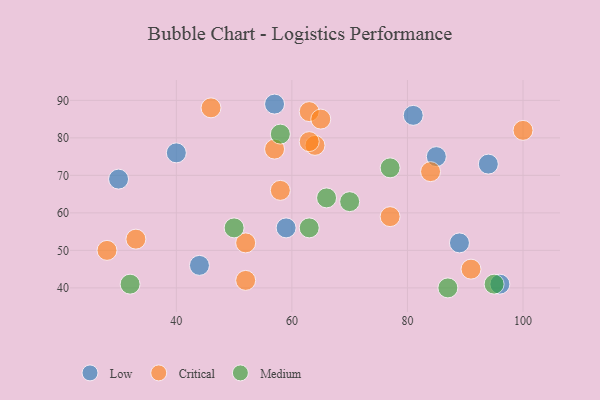
{"axis": {"x": "GDP", "y": "Life Expectancy"}, "legend": ["Critical", "Low", "Medium"], "data": [{"x": "40", "y": 76, "type": "Low"}, {"x": "30", "y": 69, "type": "Low"}, {"x": "81", "y": 86, "type": "Low"}, {"x": "44", "y": 46, "type": "Low"}, {"x": "85", "y": 75, "type": "Low"}, {"x": "59", "y": 56, "type": "Low"}, {"x": "94", "y": 73, "type": "Low"}, {"x": "57", "y": 89, "type": "Low"}, {"x": "96", "y": 41, "type": "Low"}, {"x": "89", "y": 52, "type": "Low"}, {"x": "52", "y": 52, "type": "Critical"}, {"x": "28", "y": 50, "type": "Critical"}, {"x": "84", "y": 71, "type": "Critical"}, {"x": "100", "y": 82, "type": "Critical"}, {"x": "77", "y": 59, "type": "Critical"}, {"x": "64", "y": 78, "type": "Critical"}, {"x": "33", "y": 53, "type": "Critical"}, {"x": "63", "y": 87, "type": "Critical"}, {"x": "65", "y": 85, "type": "Critical"}, {"x": "57", "y": 77, "type": "Critical"}, {"x": "52", "y": 42, "type": "Critical"}, {"x": "63", "y": 79, "type": "Critical"}, {"x": "91", "y": 45, "type": "Critical"}, {"x": "58", "y": 66, "type": "Critical"}, {"x": "46", "y": 88, "type": "Critical"}, {"x": "66", "y": 64, "type": "Medium"}, {"x": "63", "y": 56, "type": "Medium"}, {"x": "70", "y": 63, "type": "Medium"}, {"x": "95", "y": 41, "type": "Medium"}, {"x": "87", "y": 40, "type": "Medium"}, {"x": "58", "y": 81, "type": "Medium"}, {"x": "50", "y": 56, "type": "Medium"}, {"x": "77", "y": 72, "type": "Medium"}, {"x": "32", "y": 41, "type": "Medium"}]}